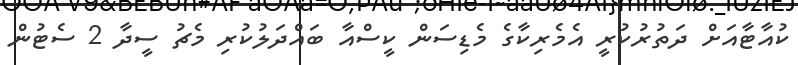
ކުއާޓާއަށް ދަތުރުކުރީ އެމެރިކާގެ މެޑިސަން ކީސްއާ ބައްދަލުކުރި މެޗު ސީދާ 2 ސެޓުން